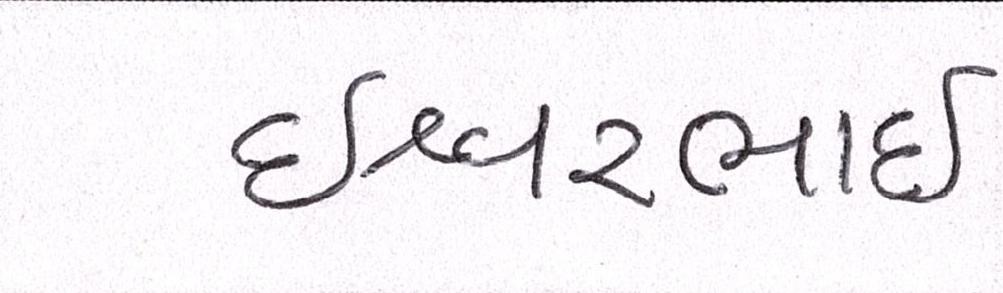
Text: ઇશ્વરભાઇ